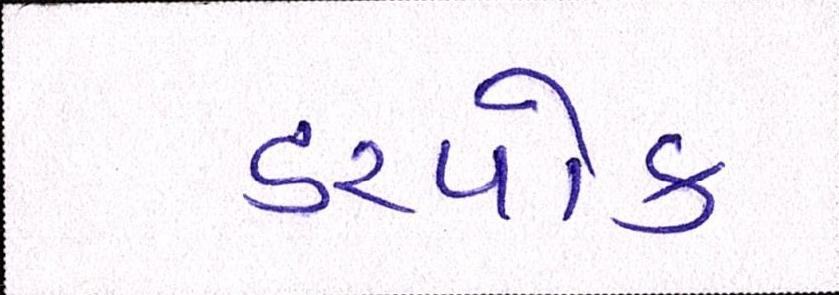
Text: ડરપોક